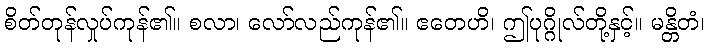
စိတ်တုန်လှုပ်ကုန်၏။ စလာ၊ လော်လည်ကုန်၏။ ဧတေဟိ၊ ဤပုဂ္ဂိုလ်တို့နှင့်။ မန္တိတံ၊